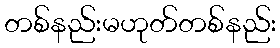
တစ်နည်းမဟုတ်တစ်နည်း